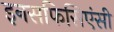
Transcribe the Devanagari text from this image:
इनसफिसिएंसी